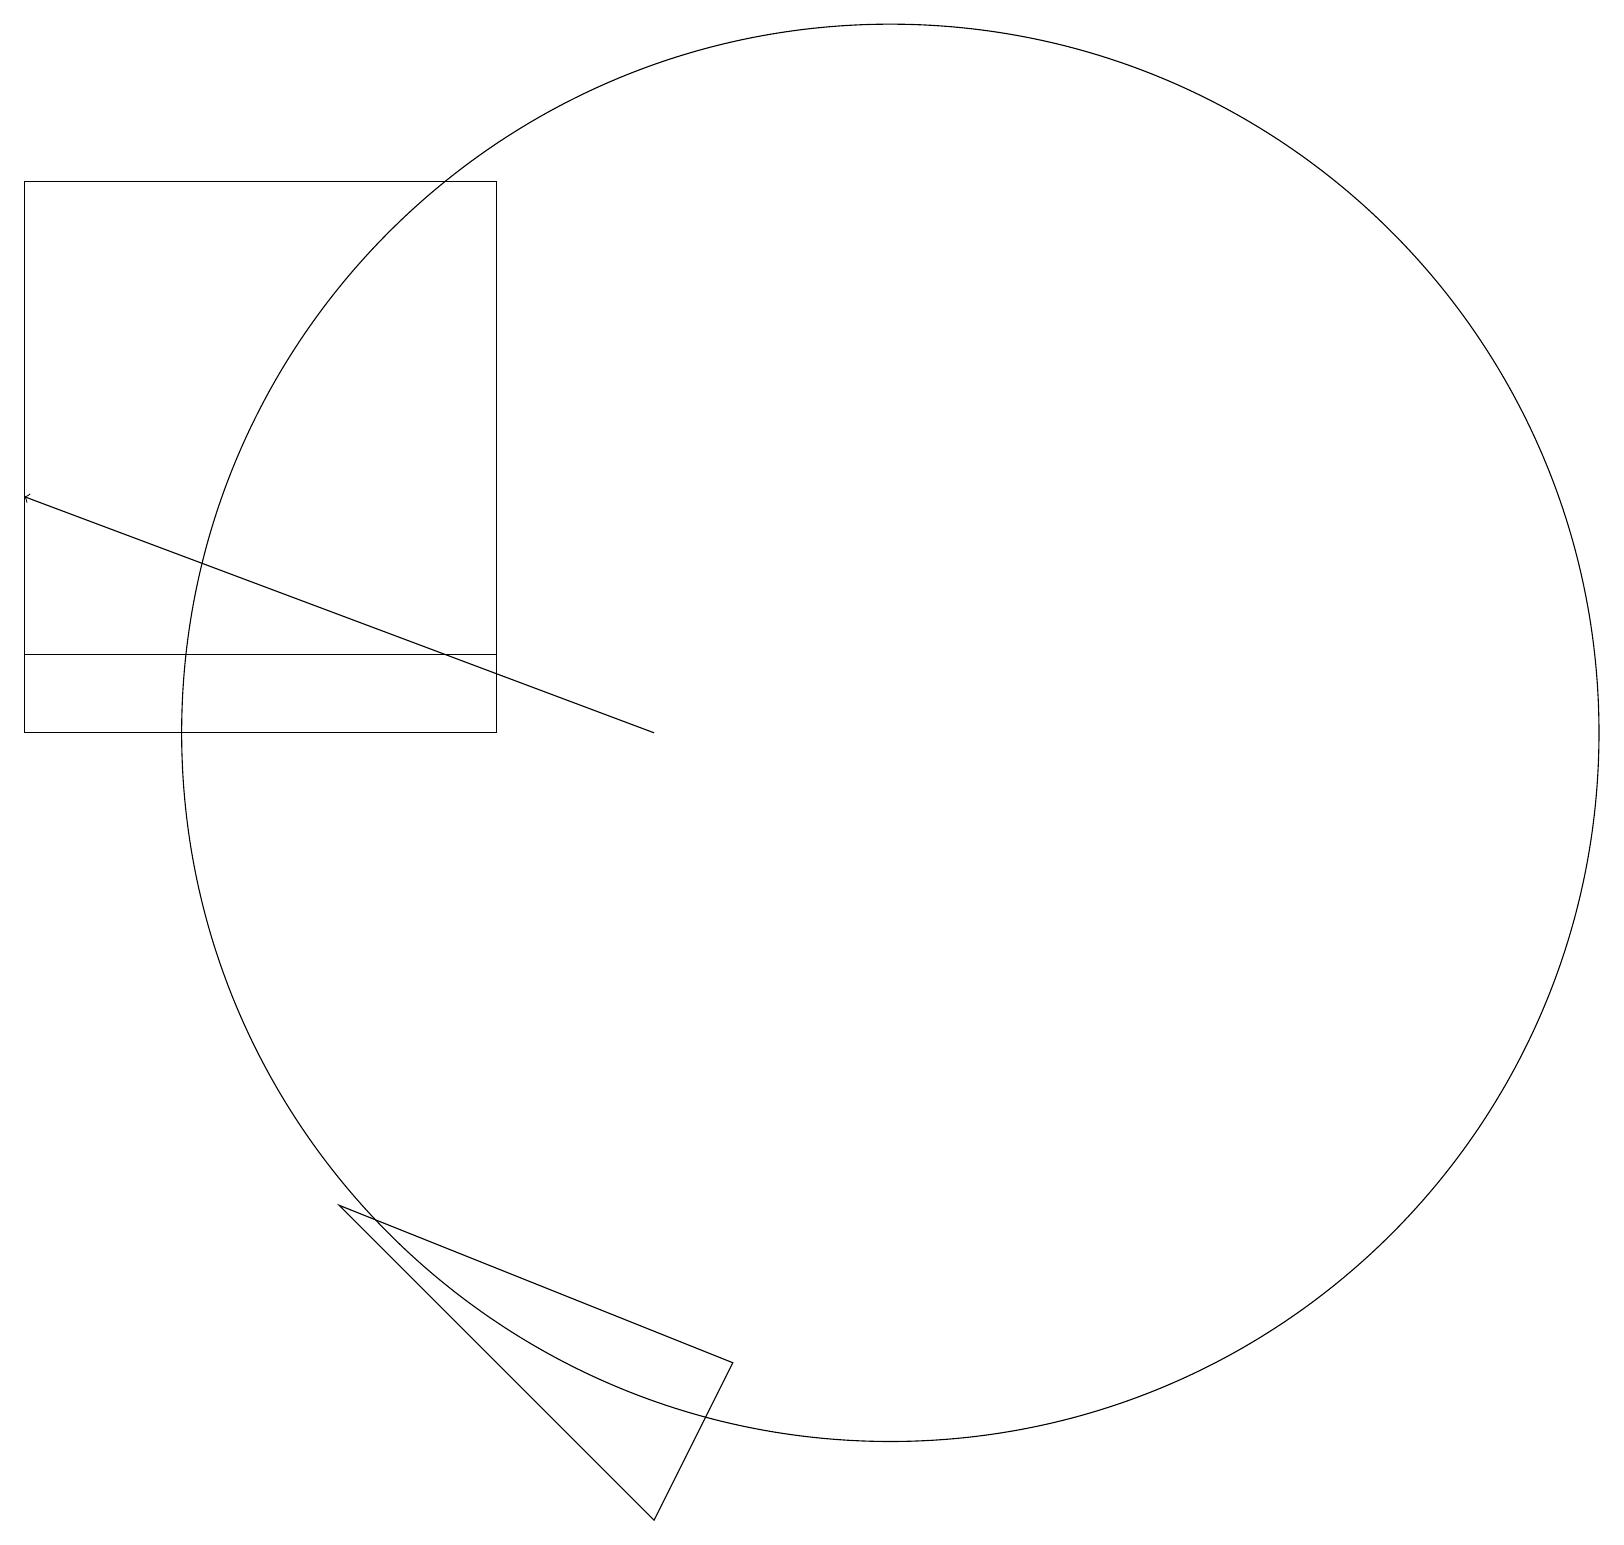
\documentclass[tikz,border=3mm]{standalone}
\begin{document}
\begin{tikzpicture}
\draw (0,12) rectangle (6,19);
\draw (6,12) rectangle (0,13);
\draw[->] (8,12) -- (0,15);
\draw (11,12) circle (9);
\draw (8,2) -- (9,4) -- (4,6) -- cycle;
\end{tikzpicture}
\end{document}